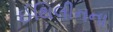
ઈથિલીનના